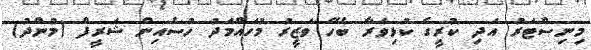
މިނިސްޓަރު އަދި ކުރީގެ ކުޅިިވަރާ ބެހޭ ވަޒީރު މުހައްމަދު ހުސެއިން ޝަރީފް (މުންދު)